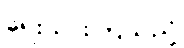
ရေးသားကြသည်